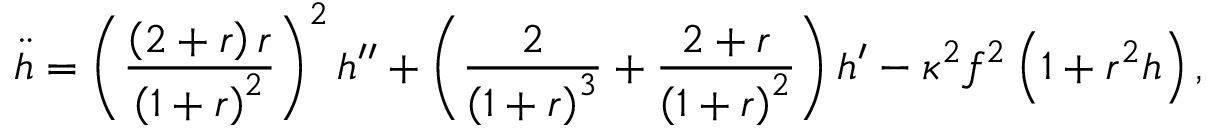
\ddot { h } = \left( \frac { \left( 2 + r \right) r } { \left( 1 + r \right) ^ { 2 } } \right) ^ { 2 } h ^ { \prime \prime } + \left( \frac { 2 } { \left( 1 + r \right) ^ { 3 } } + \frac { 2 + r } { \left( 1 + r \right) ^ { 2 } } \right) h ^ { \prime } - \kappa ^ { 2 } f ^ { 2 } \left( 1 + r ^ { 2 } h \right) ,